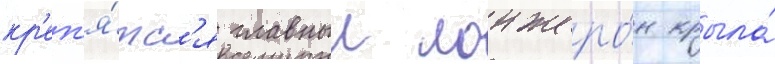
кр'еп'я́тс'я главныи лонжеро́н крыла́